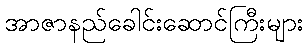
အာဇာနည်ခေါင်းဆောင်ကြီးများ